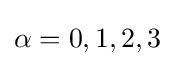
\alpha =0,1,2,3